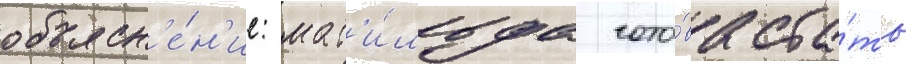
объясн'е́н'ие: мат'и́льда гото́ва ста́ть